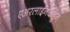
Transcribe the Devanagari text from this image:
एअरलाईनकडून